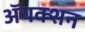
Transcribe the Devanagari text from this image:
ॲयक्शन